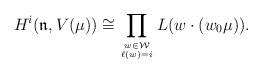
LaTeX: \begin{align*}H^i({{{{\mathfrak n}}}},V(\mu))\cong \prod_{w\in {\mathcal W}\atop \ell(w)=i} L(w\cdot (w_0\mu)).\end{align*}